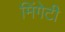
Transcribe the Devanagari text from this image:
मिंगेटी